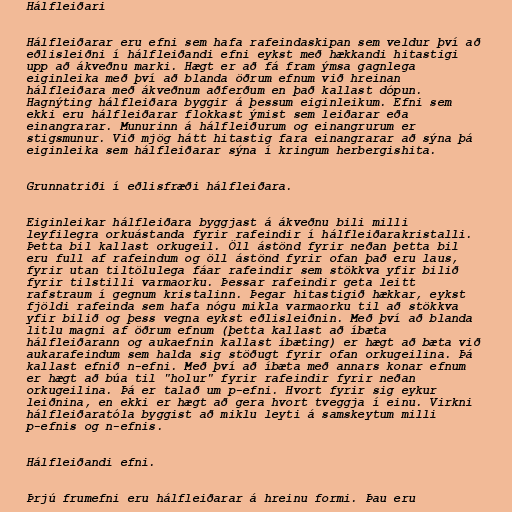
Hálfleiðari

Hálfleiðarar eru efni sem hafa rafeindaskipan sem veldur því að
eðlisleiðni í hálfleiðandi efni eykst með hækkandi hitastigi
upp að ákveðnu marki. Hægt er að fá fram ýmsa gagnlega
eiginleika með því að blanda öðrum efnum við hreinan
hálfleiðara með ákveðnum aðferðum en það kallast dópun.
Hagnýting hálfleiðara byggir á þessum eiginleikum. Efni sem
ekki eru hálfleiðarar flokkast ýmist sem leiðarar eða
einangrarar. Munurinn á hálfleiðurum og einangrurum er
stigsmunur. Við mjög hátt hitastig fara einangrarar að sýna þá
eiginleika sem hálfleiðarar sýna í kringum herbergishita.

Grunnatriði í eðlisfræði hálfleiðara.

Eiginleikar hálfleiðara byggjast á ákveðnu bili milli
leyfilegra orkuástanda fyrir rafeindir í hálfleiðarakristalli.
Þetta bil kallast orkugeil. Öll ástönd fyrir neðan þetta bil
eru full af rafeindum og öll ástönd fyrir ofan það eru laus,
fyrir utan tiltölulega fáar rafeindir sem stökkva yfir bilið
fyrir tilstilli varmaorku. Þessar rafeindir geta leitt
rafstraum í gegnum kristalinn. Þegar hitastigið hækkar, eykst
fjöldi rafeinda sem hafa nógu mikla varmaorku til að stökkva
yfir bilið og þess vegna eykst eðlisleiðnin. Með því að blanda
litlu magni af öðrum efnum (þetta kallast að íbæta
hálfleiðarann og aukaefnin kallast íbæting) er hægt að bæta við
aukarafeindum sem halda sig stöðugt fyrir ofan orkugeilina. Þá
kallast efnið n-efni. Með því að íbæta með annars konar efnum
er hægt að búa til "holur" fyrir rafeindir fyrir neðan
orkugeilina. Þá er talað um p-efni. Hvort fyrir sig eykur
leiðnina, en ekki er hægt að gera hvort tveggja í einu. Virkni
hálfleiðaratóla byggist að miklu leyti á samskeytum milli
p-efnis og n-efnis.

Hálfleiðandi efni.

Þrjú frumefni eru hálfleiðarar á hreinu formi. Þau eru